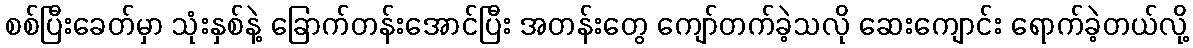
စစ်ပြီးခေတ်မှာ သုံးနှစ်နဲ့ ခြောက်တန်းအောင်ပြီး အတန်းတွေ ကျော်တက်ခဲ့သလို ဆေးကျောင်း ရောက်ခဲ့တယ်လို့